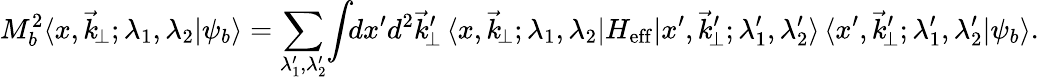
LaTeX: M_{b}^{2}\langle x,\vec{k}_{\! \perp};\lambda_{1},\lambda_{2}\vert\psi_{b}\rangle=\sum_{\lambda_{1}^{\prime},\lambda_{2}^{\prime}}\! \int\! \! dx^{\prime}d^{2}\vec{k}_{\! \perp}^{\prime}\, \langle x,\vec{k}_{\! \perp};\lambda_{1},\lambda_{2}\vert H_{\mathrm{eff}}\vert x^{\prime},\vec{k}_{\! \perp}^{\prime};\lambda_{1}^{\prime},\lambda_{2}^{\prime}\rangle\, \langle x^{\prime},\vec{k}_{\! \perp}^{\prime};\lambda_{1}^{\prime},\lambda_{2}^{\prime}\vert\psi_{b}\rangle.